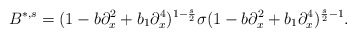
\begin{align*} B^{*,s}=(1-b\partial_{x}^2+b_{1}\partial_{x}^4)^{1-\frac{s}{2}}\sigma(1-b\partial_{x}^2+b_{1}\partial_{x}^4)^{\frac{s}{2}-1}.\end{align*}